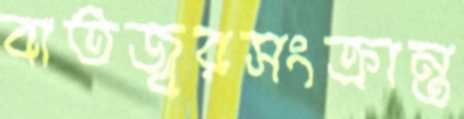
বাতজ্বরসংক্রান্ত